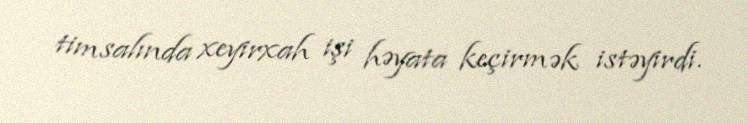
timsalında xeyirxah işi həyata keçirmək istəyirdi.